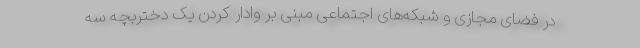
در فضای مجازی و شبکه‌های اجتماعی مبنی بر وادار کردن یک دختربچه سه